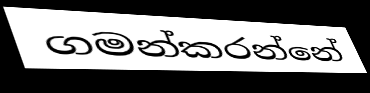
ගමන්කරන්නේ